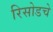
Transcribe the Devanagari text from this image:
रिसोडचे